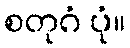
စတုဂံ ပုံ။